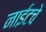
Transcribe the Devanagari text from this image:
नाईटचे